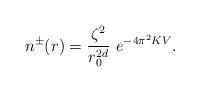
LaTeX: \begin{align*}n^\pm (r) = \frac{\zeta^2}{r_0^{2d}} ~e^{-4\pi^2K V}.\end{align*}